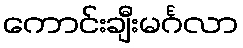
ကောင်းချီးမင်္ဂလာ